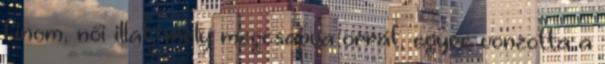
finom, női illat, mely megcsapva orrát, egyre vonzotta a